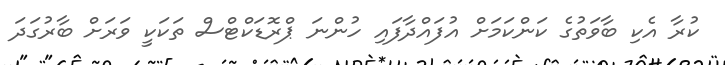
ކުރާ އެކި ބާވަތުގެ ކަންކަމަށް އުފައްދާފައި ހުންނަ ޕްރޮޑަކްޓްސް ތަކަކީ ވަރަށް ބާރުގަދަ